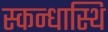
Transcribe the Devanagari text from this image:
स्कन्धास्थि